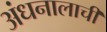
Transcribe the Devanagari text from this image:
अंधनालाची